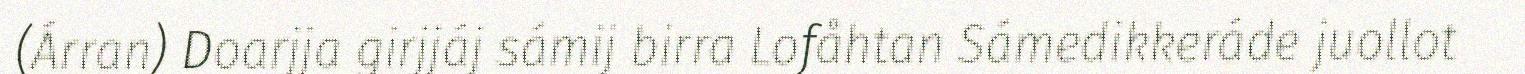
(Árran) Doarjja girjjáj sámij birra Lofåhtan Sámedikkeráde juollot